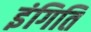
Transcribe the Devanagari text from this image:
इंगिति